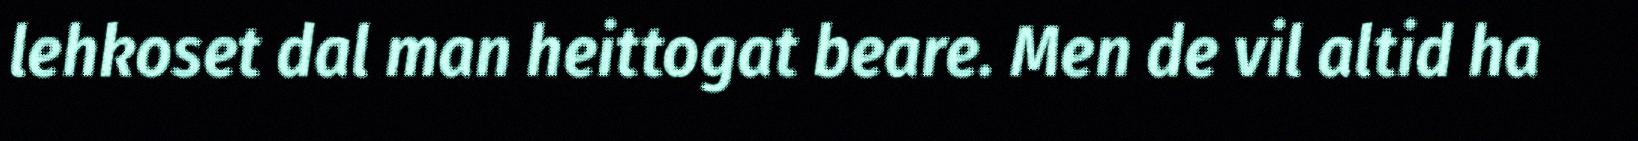
lehkoset dal man heittogat beare. Men de vil altid ha